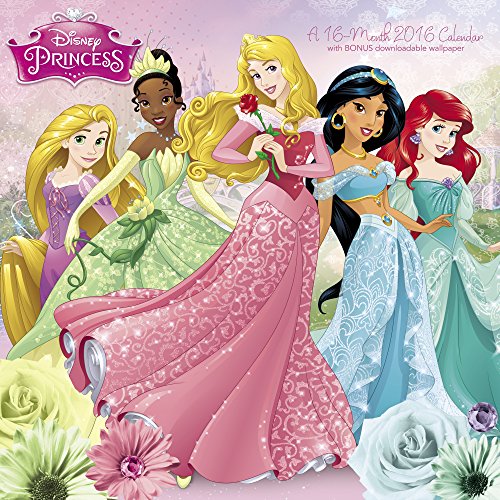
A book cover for Disney Princess Wall Calendar (2016); Day Dream; Calendars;